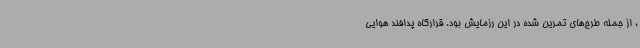
، از جمله طرح‌های تمرین شده در این رزمایش بود. قرارگاه پدافند هوایی